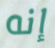
إنه